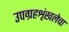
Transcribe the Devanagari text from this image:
उपग्रहशृंखलेचा